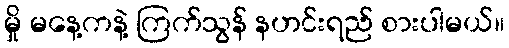
မှို မနေ့ကနဲ့ ကြက်သွန် နဟင်းရည် စားပါမယ်။